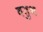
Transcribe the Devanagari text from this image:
वडुथ